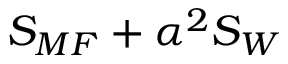
S _ { M F } + \alpha ^ { 2 } S _ { W }